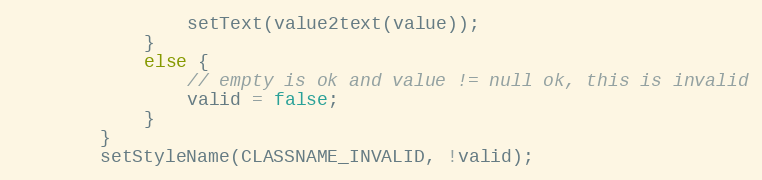
Language: Java
                setText(value2text(value));
            }
            else {
                // empty is ok and value != null ok, this is invalid
                valid = false;
            }
        }
        setStyleName(CLASSNAME_INVALID, !valid);